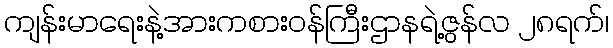
ကျန်းမာရေးနဲ့အားကစားဝန်ကြီးဌာနရဲ့ဇွန်လ ၂၈ရက်၊